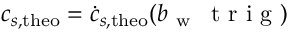
c _ { s , \mathrm { t h e o } } = \dot { c } _ { s , \mathrm { t h e o } } ( b _ { \mathrm { ~ w ~ } } \, \mathrm { ~ t ~ r ~ i ~ g ~ } )